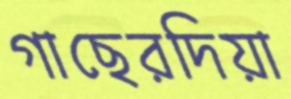
গাছেরদিয়া